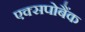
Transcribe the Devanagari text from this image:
एक्सपोबैंक